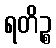
ရတိဉ္စ